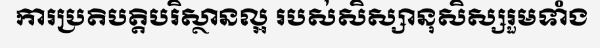
ការប្រតិបត្តិបរិស្ថានល្អ របស់សិស្សានុសិស្សរួមទាំង